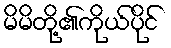
မိမိတို့၏ကိုယ်ပိုင်